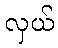
လှယ်